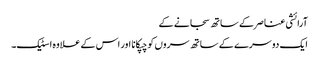
آرائشی عناصر کے ساتھ سجانے کے
ایک دوسرے کے ساتھ سروں کو چپکانا اور اس کے علاوہ اسٹیک۔